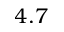
4 . 7